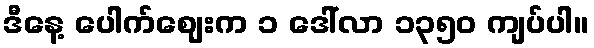
ဒီနေ့ ပေါက်ဈေးက ၁ ဒေါ်လာ ၁၃၅၀ ကျပ်ပါ။